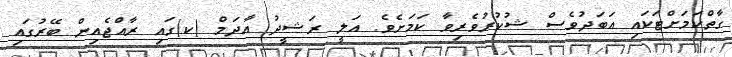
ގާތްކަމަށްޓަކައި އަބަދުވެސް ޝުކުރުވެރިވާ ކަމަށެވެ. އަލީ ރަޝީދު އާދަމް (ކ)ގައި ރާއްޖެއިން ބޭރުގައި